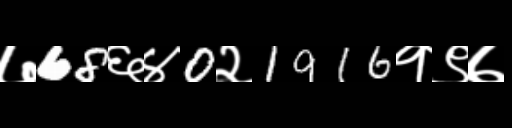
Text: ७68६४0२1916१९७